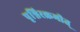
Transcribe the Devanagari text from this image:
पृश्निरक्रमीत्